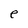
Character: e